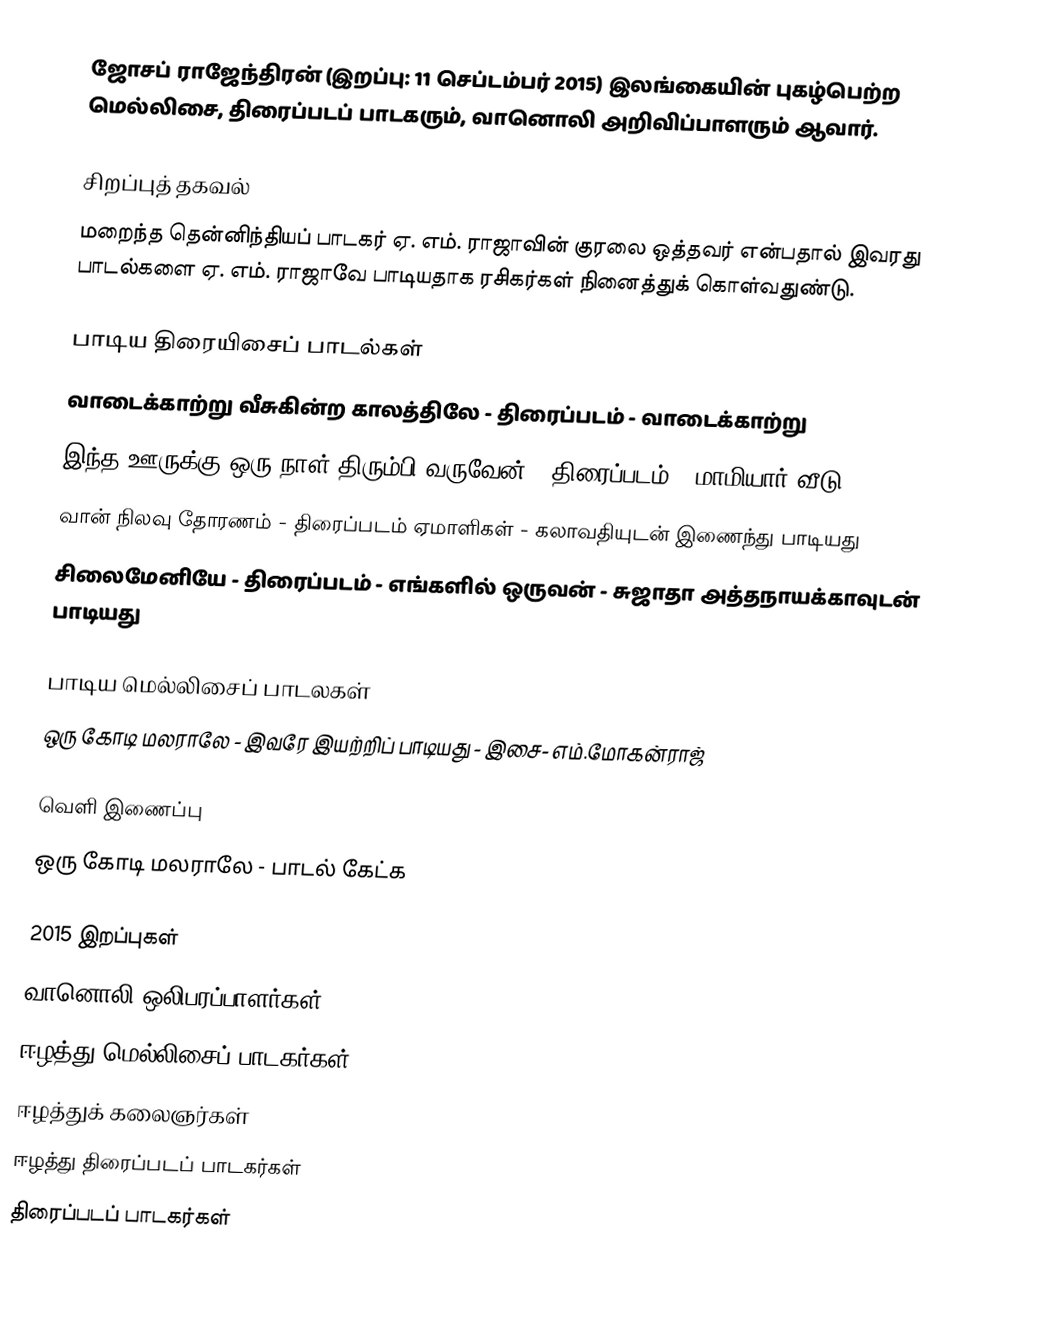
ஜோசப் ராஜேந்திரன் (இறப்பு: 11 செப்டம்பர் 2015) இலங்கையின் புகழ்பெற்ற மெல்லிசை, திரைப்படப் பாடகரும், வானொலி அறிவிப்பாளரும் ஆவார்.

சிறப்புத் தகவல்
மறைந்த தென்னிந்தியப் பாடகர் ஏ. எம். ராஜாவின் குரலை ஒத்தவர் என்பதால் இவரது பாடல்களை ஏ. எம். ராஜாவே பாடியதாக ரசிகர்கள் நினைத்துக் கொள்வதுண்டு.

பாடிய திரையிசைப் பாடல்கள்
 வாடைக்காற்று வீசுகின்ற காலத்திலே - திரைப்படம் - வாடைக்காற்று
 இந்த ஊருக்கு ஒரு நாள் திரும்பி வருவேன் - திரைப்படம் - மாமியார் வீடு
 வான் நிலவு தோரணம் - திரைப்படம்  ஏமாளிகள் - கலாவதியுடன் இணைந்து பாடியது
 சிலைமேனியே - திரைப்படம் - எங்களில் ஒருவன் - சுஜாதா அத்தநாயக்காவுடன் பாடியது

பாடிய மெல்லிசைப் பாடலகள்
 ஒரு கோடி மலராலே - இவரே இயற்றிப் பாடியது - இசை- எம்.மோகன்ராஜ்

வெளி இணைப்பு
 ஒரு கோடி மலராலே - பாடல் கேட்க

2015 இறப்புகள்
வானொலி ஒலிபரப்பாளர்கள்
ஈழத்து மெல்லிசைப் பாடகர்கள்
ஈழத்துக் கலைஞர்கள்
ஈழத்து திரைப்படப் பாடகர்கள்
திரைப்படப் பாடகர்கள்